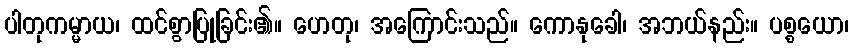
ပါတုကမ္မာယ၊ ထင်စွာပြုခြင်း၏။ ဟေတု၊ အကြောင်းသည်။ ကောနုခေါ၊ အဘယ်နည်း။ ပစ္စယော၊